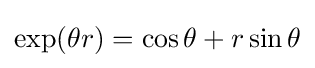
\exp(\theta r)=\cos \theta +r\sin \theta